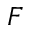
F